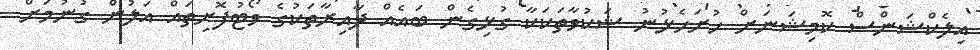
އިލެކްޝަންސް ކޮމިޝަނަށް ހުށަހެޅުނު ޝަކުވާތަކަކާ ގުޅިގެން ބައެއް ދާއިރާތަކުގެ ވޯޓުފޮށިތައް އަލުން ގުނުމަށް